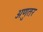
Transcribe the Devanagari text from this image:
अणुतर